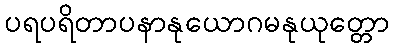
ပရပရိတာပနာနုယောဂမနုယုတ္တော